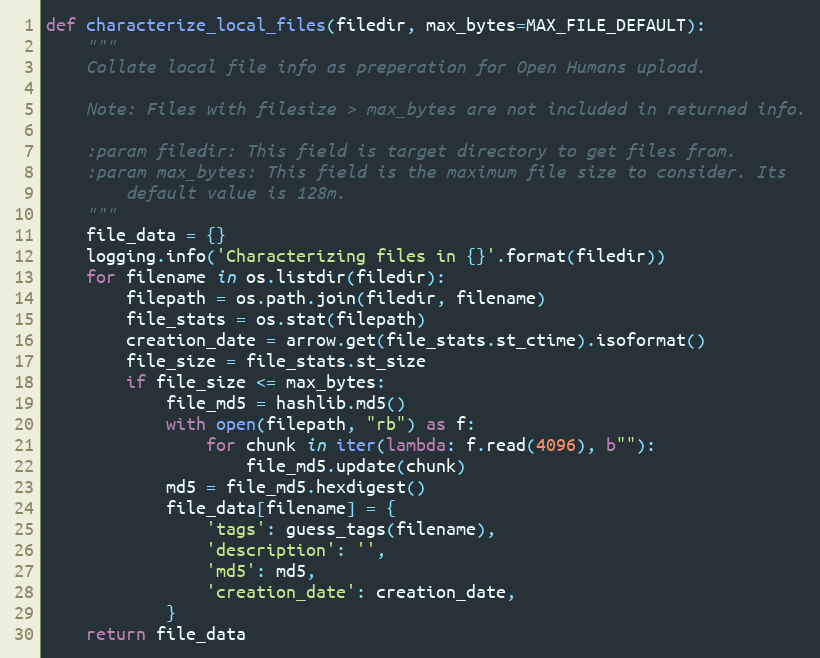
Language: Python
def characterize_local_files(filedir, max_bytes=MAX_FILE_DEFAULT):
    """
    Collate local file info as preperation for Open Humans upload.

    Note: Files with filesize > max_bytes are not included in returned info.

    :param filedir: This field is target directory to get files from.
    :param max_bytes: This field is the maximum file size to consider. Its
        default value is 128m.
    """
    file_data = {}
    logging.info('Characterizing files in {}'.format(filedir))
    for filename in os.listdir(filedir):
        filepath = os.path.join(filedir, filename)
        file_stats = os.stat(filepath)
        creation_date = arrow.get(file_stats.st_ctime).isoformat()
        file_size = file_stats.st_size
        if file_size <= max_bytes:
            file_md5 = hashlib.md5()
            with open(filepath, "rb") as f:
                for chunk in iter(lambda: f.read(4096), b""):
                    file_md5.update(chunk)
            md5 = file_md5.hexdigest()
            file_data[filename] = {
                'tags': guess_tags(filename),
                'description': '',
                'md5': md5,
                'creation_date': creation_date,
            }
    return file_data